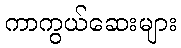
ကာကွယ်ဆေးများ